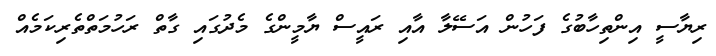
ރިޔާސީ އިންތިހާބުގެ ފަހުން އަސޭލާ އާއި ރައީސް ޔާމީންގެ މެދުގައި ގާތް ރަހުމަތްތެރިކަމެއް